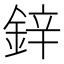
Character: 鋅